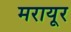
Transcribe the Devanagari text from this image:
मरायूर